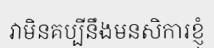
វាមិនគប្បីនឹងមនសិការខ្ញុំ